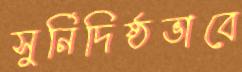
সুর্নিদিষ্ঠভাবে